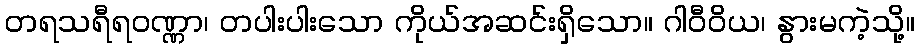
တရသရီရဝဏ္ဏာ၊ တပါးပါးသော ကိုယ်အဆင်းရှိသော။ ဂါဝီဝိယ၊ နွားမကဲ့သို့။